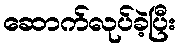
ဆောက်လုပ်ခဲ့ပြီး